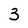
Character: 3